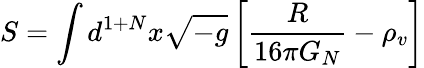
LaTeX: S=\int d^{1+N}x\sqrt{-g}\left[\frac{R}{16\pi G_{N}}-\rho_{v}\right]